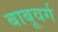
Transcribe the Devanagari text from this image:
बाबूवर्ग